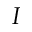
I